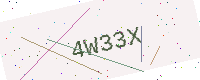
Text: 4W33X